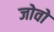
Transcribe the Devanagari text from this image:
जोवो